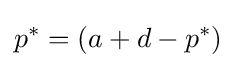
p^{*}=(a+d-p^{*})